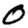
Digit: 0